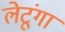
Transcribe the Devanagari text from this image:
लेटूंगा